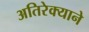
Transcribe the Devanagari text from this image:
अतिरेक्याने